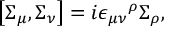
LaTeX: \left[ \Sigma _ { \mu } , \Sigma _ { \nu } \right] = i { \epsilon _ { \mu \nu } } ^ { \rho } \Sigma _ { \rho } ,